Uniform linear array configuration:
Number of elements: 48
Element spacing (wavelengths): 0.5
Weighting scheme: binomial
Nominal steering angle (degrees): -30
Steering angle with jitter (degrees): -28.302
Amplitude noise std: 0.05
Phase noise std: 0.05

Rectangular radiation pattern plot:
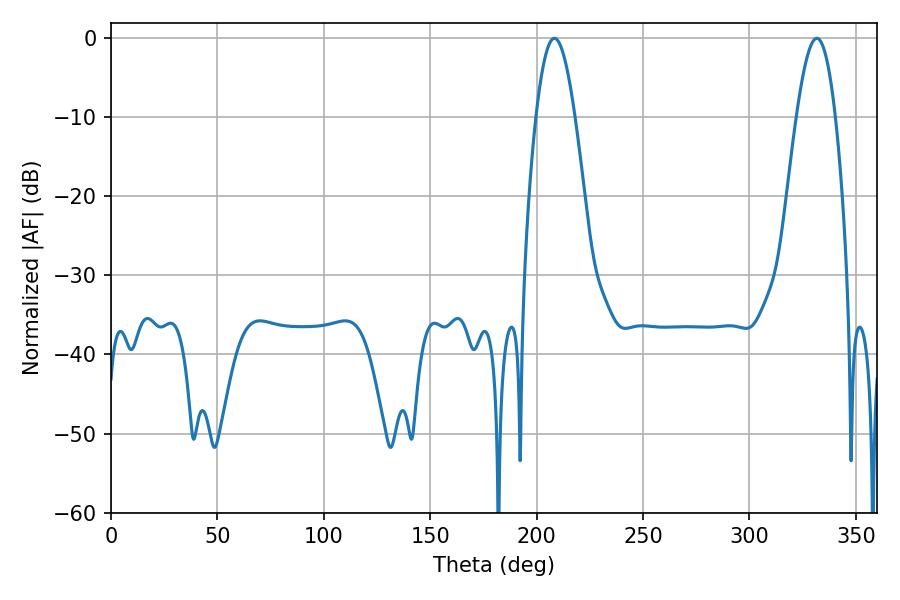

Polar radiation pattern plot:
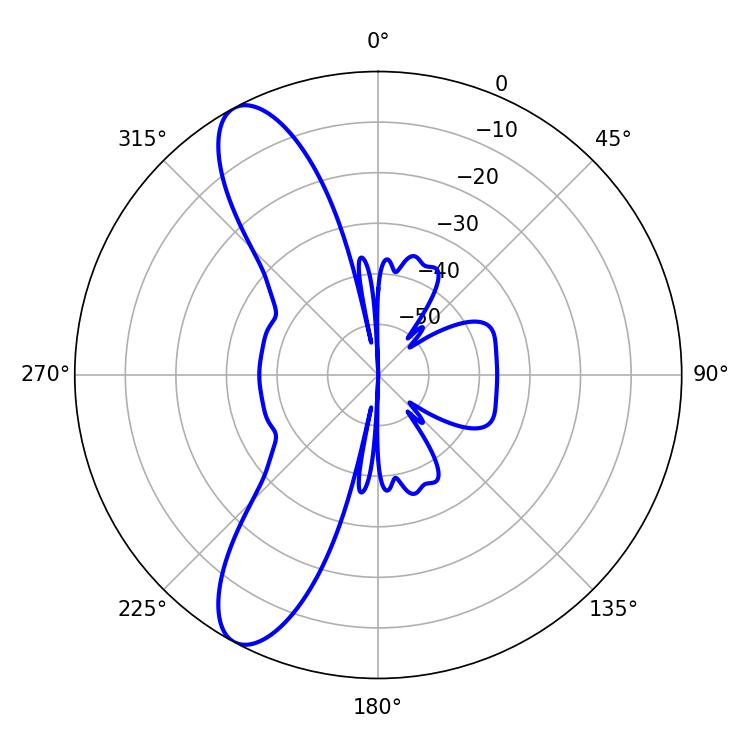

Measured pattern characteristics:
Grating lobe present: FALSE
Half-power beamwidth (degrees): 9.9
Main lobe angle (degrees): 208.26